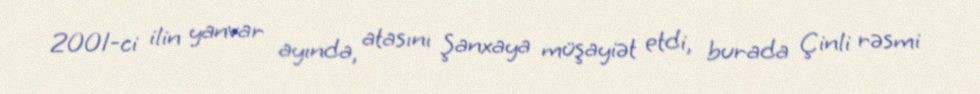
2001-ci ilin yanvar ayında, atasını Şanxaya müşayiət etdi, burada Çinli rəsmi